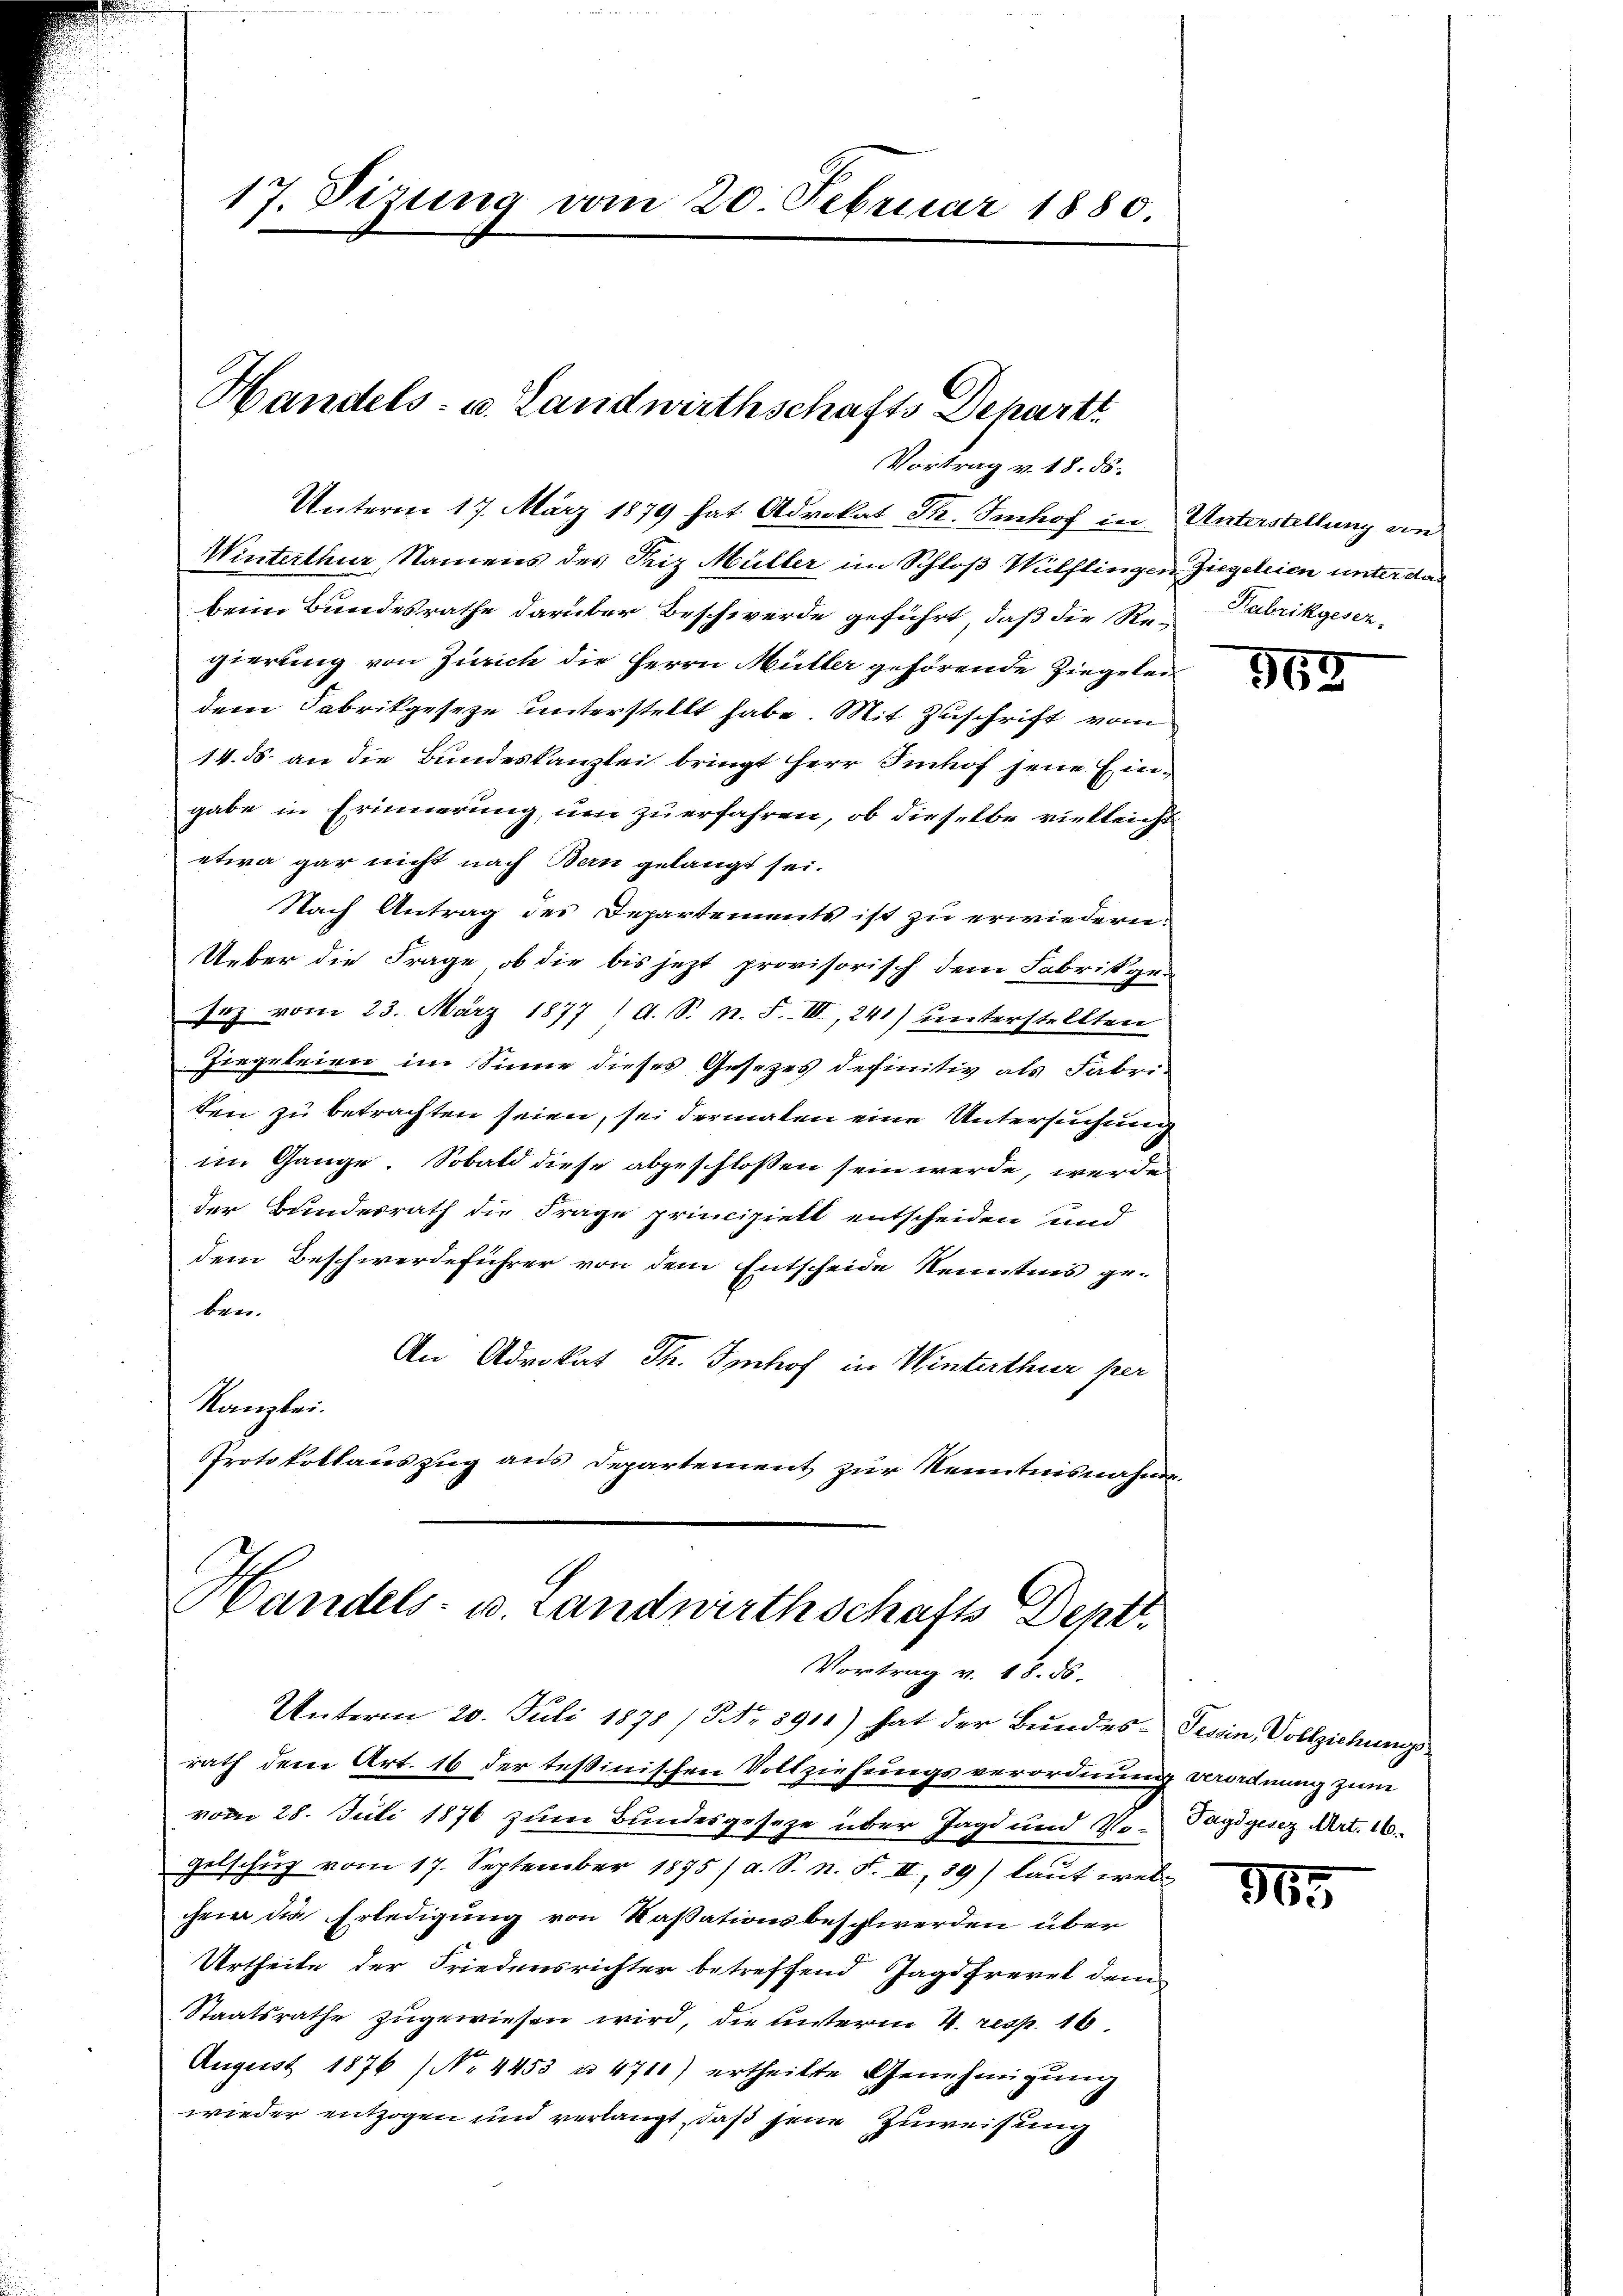
17. Dezung vom 20. Februar 1880.

Handels- u. Landwirthschafts Depart
Vortrag v. 18. ds.

Handels- u. Landwirthschafts Dent
Vortrag v. 18. ds.

Unterm 17. März 1879 hat Advokat Th. Imhof in Unterstellung an
Winterthur Namens des Friz Müller im Schloß Wülflingen Ziegeleien unter das
beim Bundesrathe darüber Beschwerde geführt, daß die Re-Fabrikgeser-
gierung von Zürich die Herrn Müller gehörende Ziegelei
dem Fabrikgeseze unterstellt habe. Mit Zuschrift vom
14. ds. an die Bundeskanzlei bringt Herr Imhof jene Eingabe in Erinnerung, um zu erfahren, ob dieselbe vielleicht
etwa gar nicht nach Bern gelangt sei.
Nach Antrag des Departements ist zu erwiedern.
Ueber die Frage, ob die bis jetzt provisorisch dem Fabrikgesez vom 23. März 1877 / A. S. n. F. III, 241) unterstellten
Hiegeleien im Sinne dieses Gesezes definitiv als Fabriten zu betrachten seien, sei dermalen eine Untersuchung
im Gange. Sobald diese abgeschlossen sein werde, werde
der Bundesrath die Frage principielt entscheiden und
dem Beschwerdeführer von dem Entscheide Kenntnis ge-
ben.
An Advokat Th. Imhof in Winterthur per
Kanzlei.
Protokollauszug aus Departement zur Kenntnisnahme.

Unterm 20. Juli 1878 (Nr. 8911) hat der Bundes-Tessin, Vollziehungsrath dem Art. 16 der tessinischen Vollziehungsverordnung beordnung zum
vom 28. Juli 1876 zum Bundesgeseze über Jagd und Mo-
Gelschuß vom 17. September 1875 /d. S. n. F. II, 59) laut welchem die Erledigung von Kassationsbeschwerden über
Urtheile der Friedensrichter betreffend Jagdfrevet dem
Staatsrathe zugewiesen wird, die unterm 4. resp. 16.
August 1876 (No 4453 u. 4710) ertheilte Genehmigŭng
wieder entzogen und verlangt, daß seine Zuweisung

563

Tagdgesez Art. 16.

365